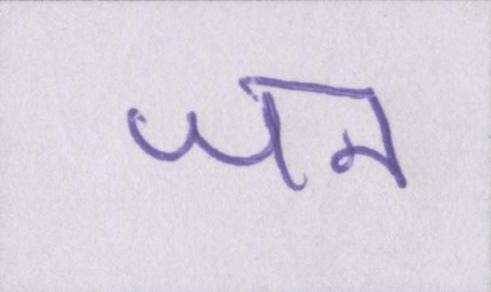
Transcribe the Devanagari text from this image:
जन